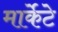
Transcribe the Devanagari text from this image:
मार्केटे